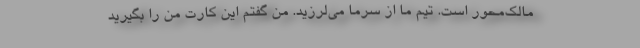
مالک‌محور است. تیم ما از سرما می‌لرزید. من گفتم این کارت من را بگیرید